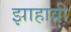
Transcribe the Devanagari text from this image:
झाहावी